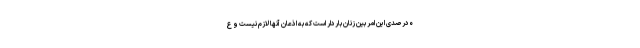
۰درصدی این امر بین زنان باردار است که به اذعان آنها لازم نیست و ع